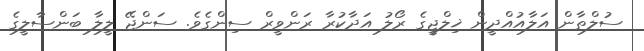
ސުލްތާން އަލާއުއްދީން ޚިލްޖީގެ ރޯލު އަދާކުރާ ރަންވީރް ސިންގެވެ. ސަންޖޭ ލީލާ ބަންސާލީގެ